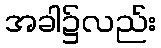
အခါ၌လည်း